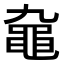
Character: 𪓒